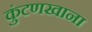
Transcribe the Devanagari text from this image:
कुंटणखाना